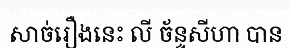
សាច់រឿងនេះ លី ច័ន្ទសីហា បាន